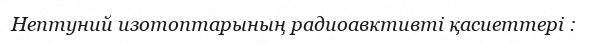
Нептуний изотоптарының радиоавктивті қасиеттері :